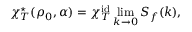
\chi _ { \scriptstyle { T } } ^ { \star } ( \rho _ { 0 } , \alpha ) = \chi _ { T } ^ { \mathrm { i d } } \operatorname* { l i m } _ { k \rightarrow 0 } S _ { f } ( k ) ,